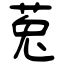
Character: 莵